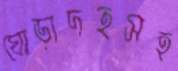
ঘোড়াদহসহ